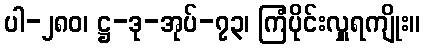
ပါ-၂၈၀၊ ဋ္ဌ-ဒု-အုပ်-၇၃၊ ကြံပိုင်းလှူရကျိုး။